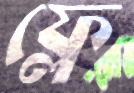
ফ্লে